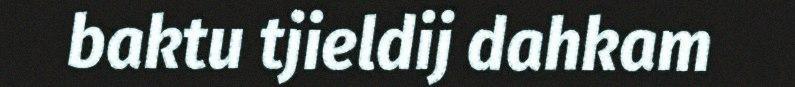
baktu tjieldij dahkam